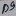
Text: D9